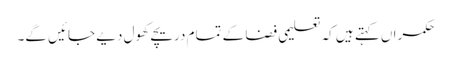
حکمراں کہتے ہیں کہ تعلیمی فضا کے تمام دریچے کھول دیے جائیں گے۔